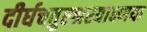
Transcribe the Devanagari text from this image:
दीर्घचतुरश्रस्याक्ष्णया